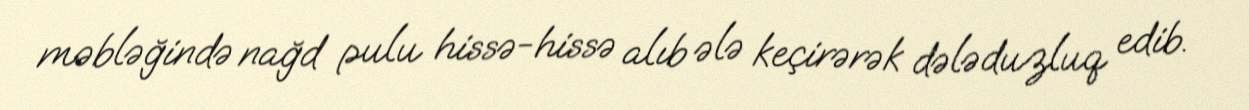
məbləğində nağd pulu hissə-hissə alıb ələ keçirərək dələduzluq edib.